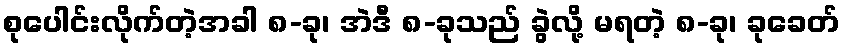
စုပေါင်းလိုက်တဲ့အခါ ၈-ခု၊ အဲဒီ ၈-ခုသည် ခွဲလို့ မရတဲ့ ၈-ခု၊ ခုခေတ်